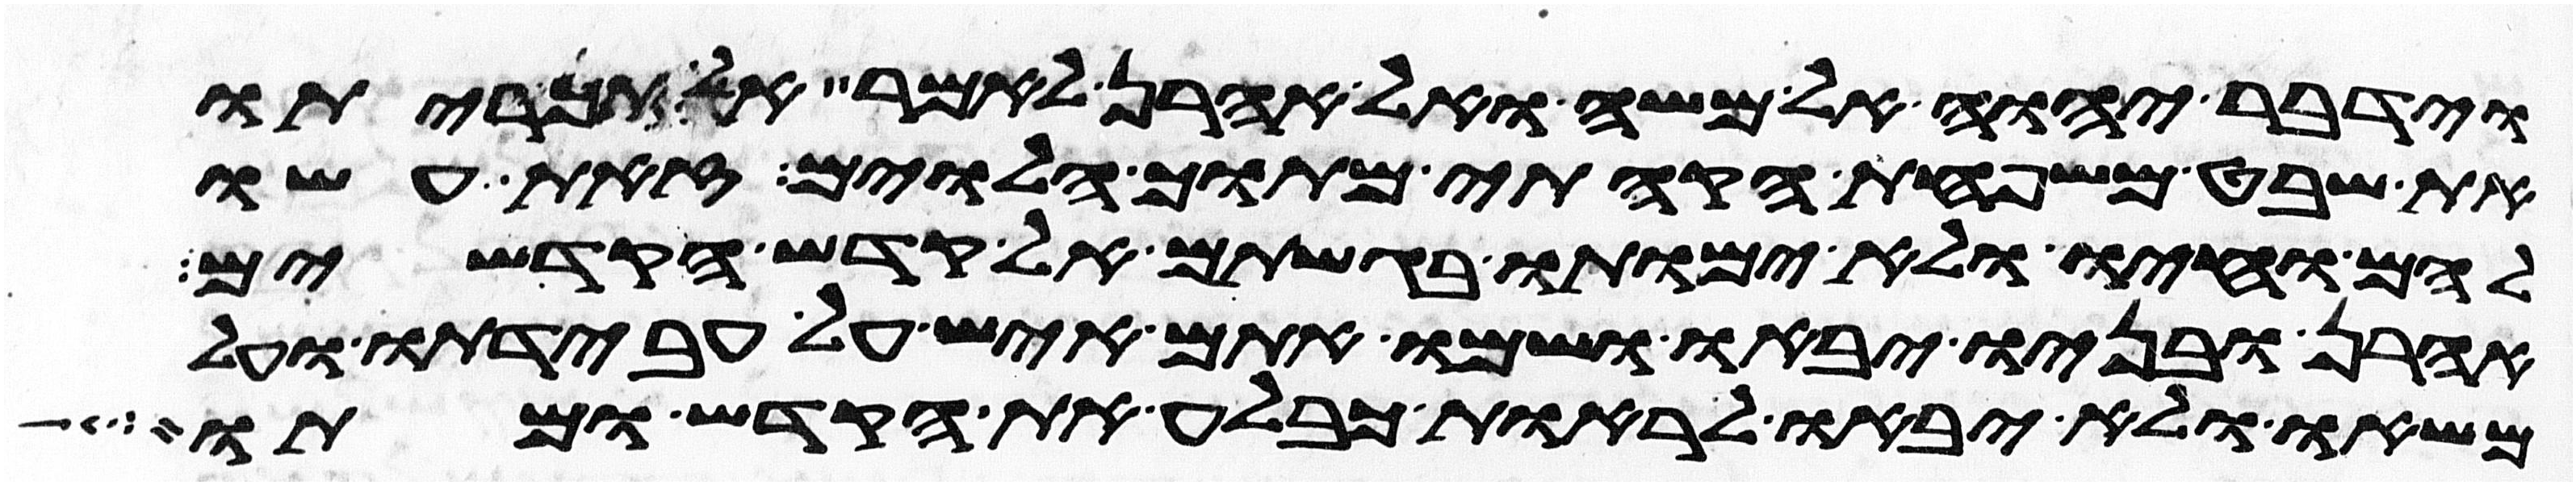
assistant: וידבר יהוה אל משה ואל אהרן לאמר אל תכריתו
את שבט משפחת הקהתי מתוך הלוים זאת עשו
להם וחיו ולא ימותו בגשתם אל קדש הקדשים
אהרן ובניו יבאו ושמו אתם איש על עבדתו ועל
משאו ולא יבאו לראות כבלע את הקדש ומתו